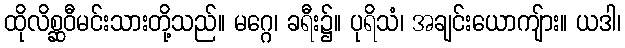
ထိုလိစ္ဆဝီမင်းသားတို့သည်။ မဂ္ဂေ၊ ခရီး၌။ ပုရိသံ၊ အချင်းယောကျ်ား။ ယဒါ၊